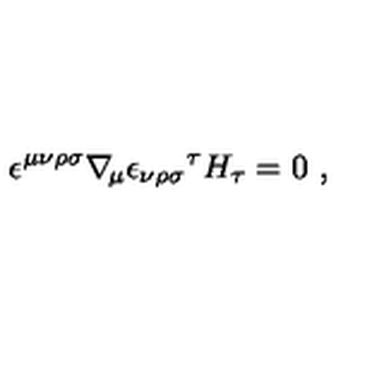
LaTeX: \epsilon ^ { \mu \nu \rho \sigma } \nabla _ { \! \mu } { \epsilon _ { \nu \rho \sigma } } ^ { \tau } H _ { \tau } = 0 \ ,